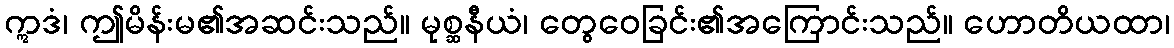
ဣဒံ၊ ဤမိန်းမ၏အဆင်းသည်။ မုစ္ဆနီယံ၊ တွေဝေခြင်း၏အကြောင်းသည်။ ဟောတိယထာ၊